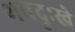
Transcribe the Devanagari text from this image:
भवदुःखे